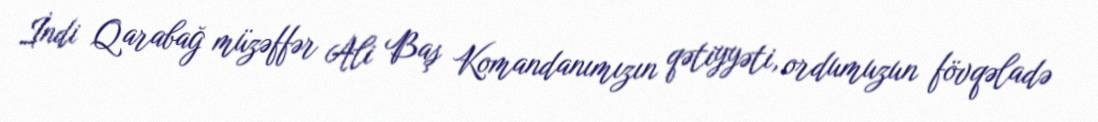
İndi Qarabağ müzəffər Ali Baş Komandanımızın qətiyyəti, ordumuzun fövqəladə